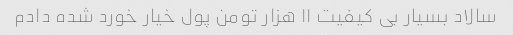
سالاد بسیار بی کیفیت ۱۱ هزار تومن پول خیار خورد شده دادم